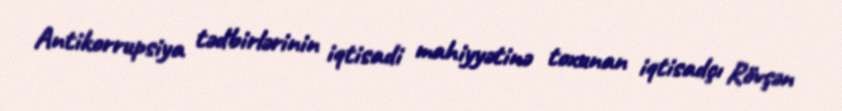
Antikorrupsiya tədbirlərinin iqtisadi mahiyyətinə toxunan iqtisadçı Rövşən